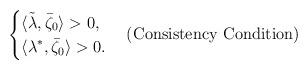
LaTeX: \begin{align*} \left\{ \begin{aligned} & \langle\tilde{\lambda}, \bar{\zeta}_0 \rangle > 0,\\ & \langle \lambda^*, \bar{\zeta}_0 \rangle > 0. \end{aligned} \right. \quad (\mbox{Consistency\ Condition}) \end{align*}